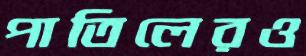
পাতিলেরও